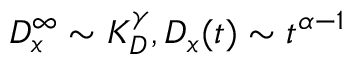
D _ { x } ^ { \infty } \sim K _ { D } ^ { \gamma } , D _ { x } ( t ) \sim t ^ { \alpha - 1 }